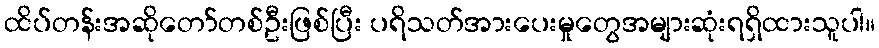
ထိပ်တန်းအဆိုတော်တစ်ဦးဖြစ်ပြီး ပရိသတ်အားပေးမှုတွေအများဆုံးရရှိထားသူပါ။